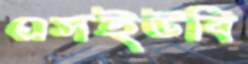
এসইউবি